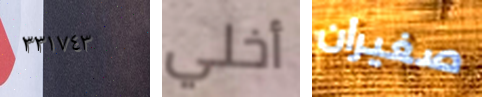
٣٣١٧٤٣ أخلي صغيران